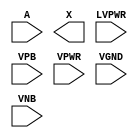
/**
 * Copyright 2020 The SkyWater PDK Authors
 *
 * Licensed under the Apache License, Version 2.0 (the "License");
 * you may not use this file except in compliance with the License.
 * You may obtain a copy of the License at
 *
 *     https://www.apache.org/licenses/LICENSE-2.0
 *
 * Unless required by applicable law or agreed to in writing, software
 * distributed under the License is distributed on an "AS IS" BASIS,
 * WITHOUT WARRANTIES OR CONDITIONS OF ANY KIND, either express or implied.
 * See the License for the specific language governing permissions and
 * limitations under the License.
 *
 * SPDX-License-Identifier: Apache-2.0
 */

`ifndef SKY130_FD_SC_HVL__LSBUFHV2LV_PP_SYMBOL_V
`define SKY130_FD_SC_HVL__LSBUFHV2LV_PP_SYMBOL_V

/**
 * lsbufhv2lv: Level-shift buffer, low voltage-to-low voltage.
 *
 * Verilog stub (with power pins) for graphical symbol definition
 * generation.
 *
 * WARNING: This file is autogenerated, do not modify directly!
 */

`timescale 1ns / 1ps
`default_nettype none

(* blackbox *)
module sky130_fd_sc_hvl__lsbufhv2lv (
    //# {{data|Data Signals}}
    input  A    ,
    output X    ,

    //# {{power|Power}}
    input  LVPWR,
    input  VPB  ,
    input  VPWR ,
    input  VGND ,
    input  VNB
);
endmodule

`default_nettype wire
`endif  // SKY130_FD_SC_HVL__LSBUFHV2LV_PP_SYMBOL_V